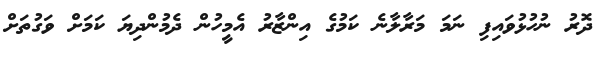
ދޮރު ނުހުޅުވައިފި ނަމަ މަރާލާނެ ކަމުގެ އިންޒާރު އެމީހުން ދެމުންދިޔަ ކަމަށް ވަގުތަށް